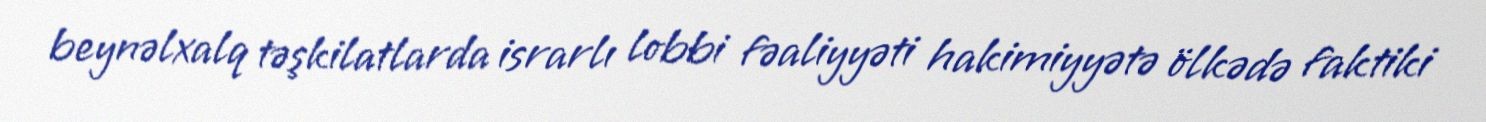
beynəlxalq təşkilatlarda israrlı lobbi fəaliyyəti hakimiyyətə ölkədə faktiki